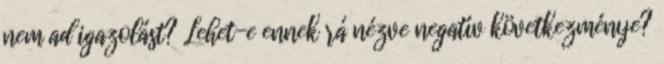
nem ad igazolást? Lehet-e ennek rá nézve negatív következménye?